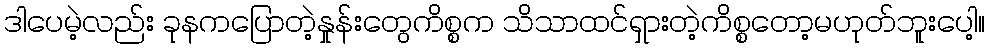
ဒါပေမဲ့လည်း ခုနကပြောတဲ့နှုန်းတွေကိစ္စက သိသာထင်ရှားတဲ့ကိစ္စတော့မဟုတ်ဘူးပေါ့။